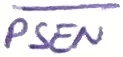
Text: PSEN